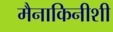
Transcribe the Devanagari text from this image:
मैनाकिनीशी